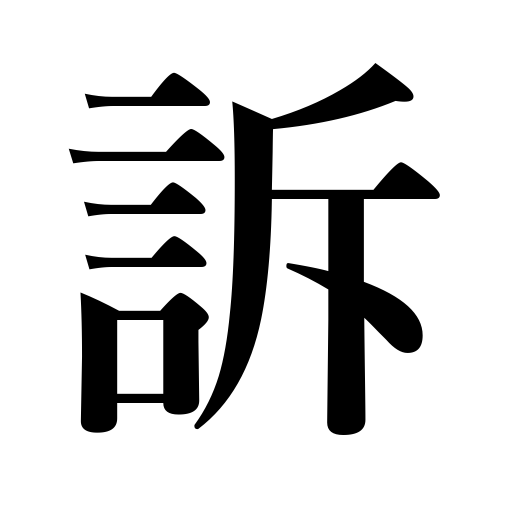
Meanings: sue,have recourse to,complain of pain,appeal to